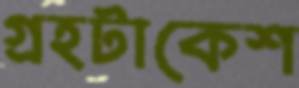
গ্রহটাকেশ